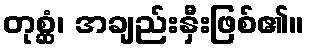
တုစ္ဆံ၊ အချည်းနှီးဖြစ်၏။